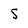
Character: S